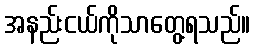
အနည်းငယ်ကိုသာတွေ့ရသည်။